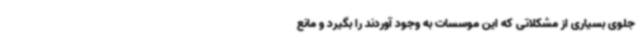
جلوی بسیاری از مشکلاتی که این موسسات به وجود آوردند را بگیرد و مانع